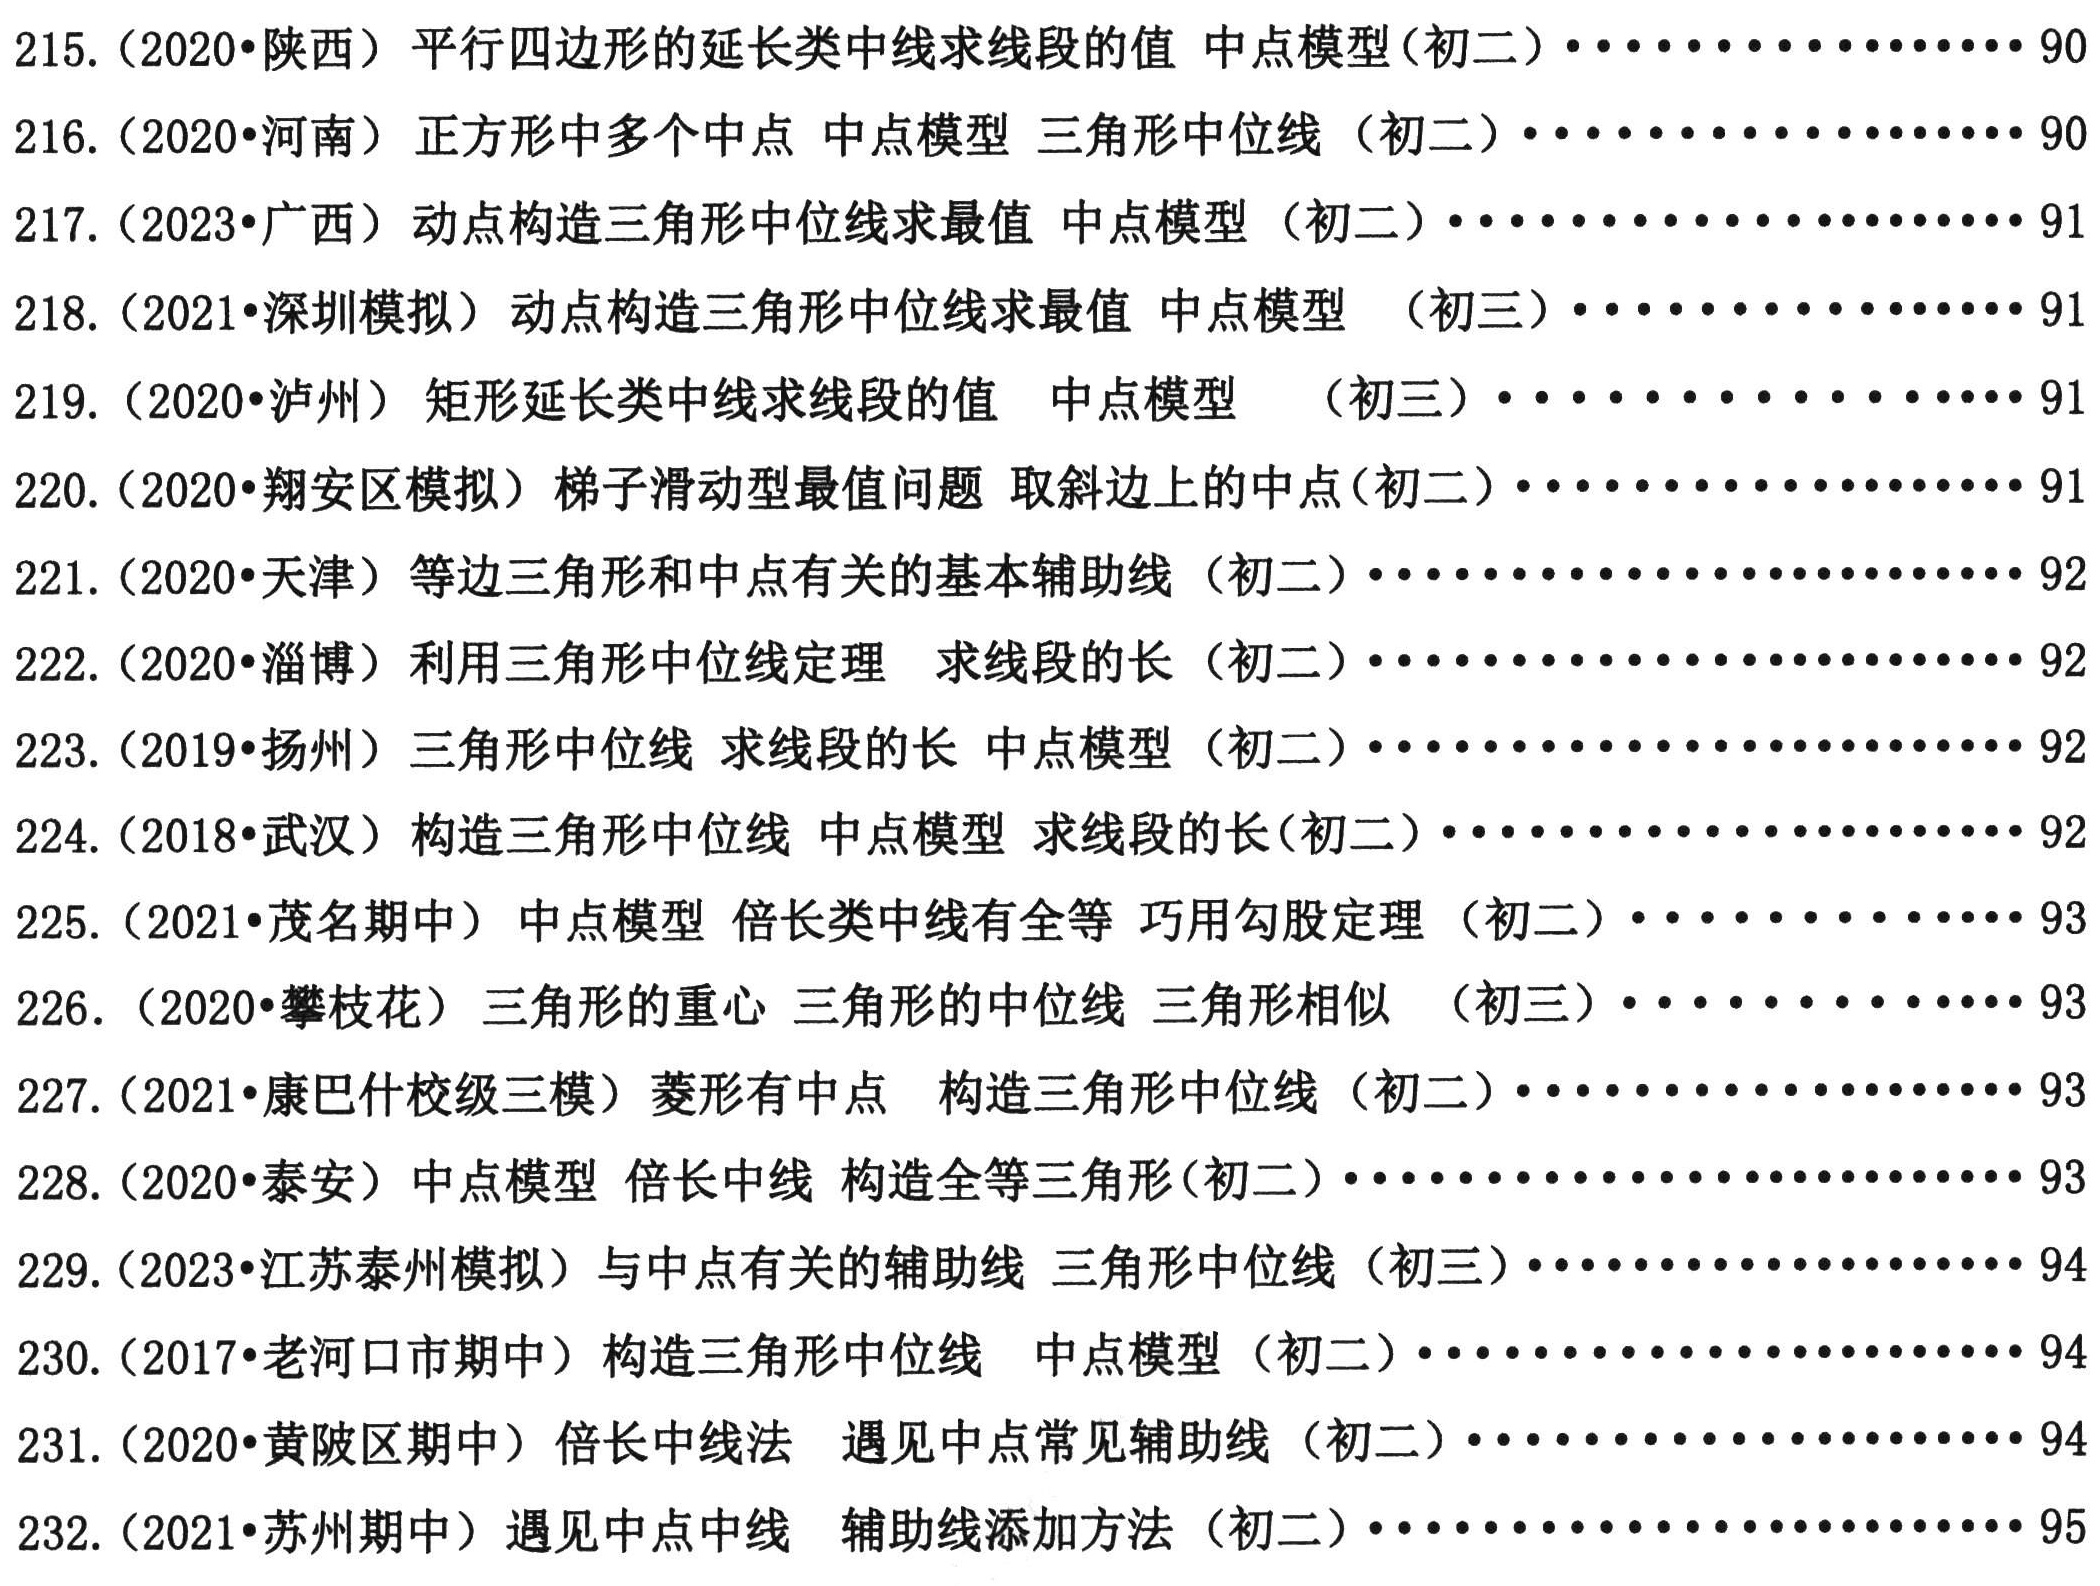
215. (2020•陕西) 平行四边形的延长类中线求线段的值 中点模型 (初二) ........................ 90

216. (2020•河南) 正方形中多个中点 中点模型 三角形中位线 (初二) ........................ 90

217. (2020•广西) 动点构造三角形中位线求最值 中点模型 (初二) ........................ 91

218. (2021•深圳模拟) 动点构造三角形中位线求最值 中点模型  (初三) ........................ 91

219. (2020•泸州) 矩形延长类中线求线段的值 中点模型  (初三) ........................ 91

220. (2020•翔安区模拟) 梯子滑动型最值问题 取斜边上的中点(初二) ........................ 91

221. (2020•天津) 等边三角形和中点有关的基本辅助线 (初二) ........................ 92

222. (2020•淄博) 利用三角形中位线定理 求线段的长 (初二) ........................ 92

223. (2019•扬州) 三角形中位线 求线段的长 中点模型 (初二) ........................ 92

224. (2018•武汉) 构造三角形中位线 中点模型 求线段的长(初二) ........................ 92

225. (2018•茂名) 中点模型 倍长中线 中点有关的全等 巧用勾股定理 (初二) ........................ 93

226. (2020•攀枝花) 三角形的重心 三角形的中位线 三角形相似 (初三) ........................ 93

227. (2021•康巴什校级三模) 菱形有中点 构造三角形中位线 (初二) ........................ 93

228. (2020•泰安) 中点模型 倍长中线 构造全等三角形(初二) ........................ 93

229. (2023•江苏泰州模拟) 与中点有关的辅助线 三角形中位线 (初三) ........................ 94

230. (2017•老河口市期中) 构造三角形中位线 中点模型 (初二) ........................ 94

231. (2020•黄陂区期中) 倍长中线法 遇见中点常见辅助线 (初二) ........................ 94

232. (2021•苏州期中) 遇见中点中线 辅助线添加方法 (初二) ........................ 95